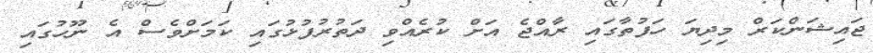
ޖައިޝަންކަރް މިދިޔަ ހަފުތާގައި ރާއްޖެ އަށް ކުރެއްވި ދަތުރުފުޅުގައި ކަމަށްވެސް އެ ނޫހުގައި